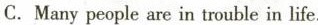
C. Many people are in trouble in life.